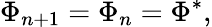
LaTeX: \Phi_{n+1}=\Phi_{n}=\Phi^{*},